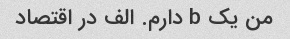
من یک b دارم. الف در اقتصاد